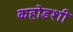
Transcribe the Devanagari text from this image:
कहोडशी